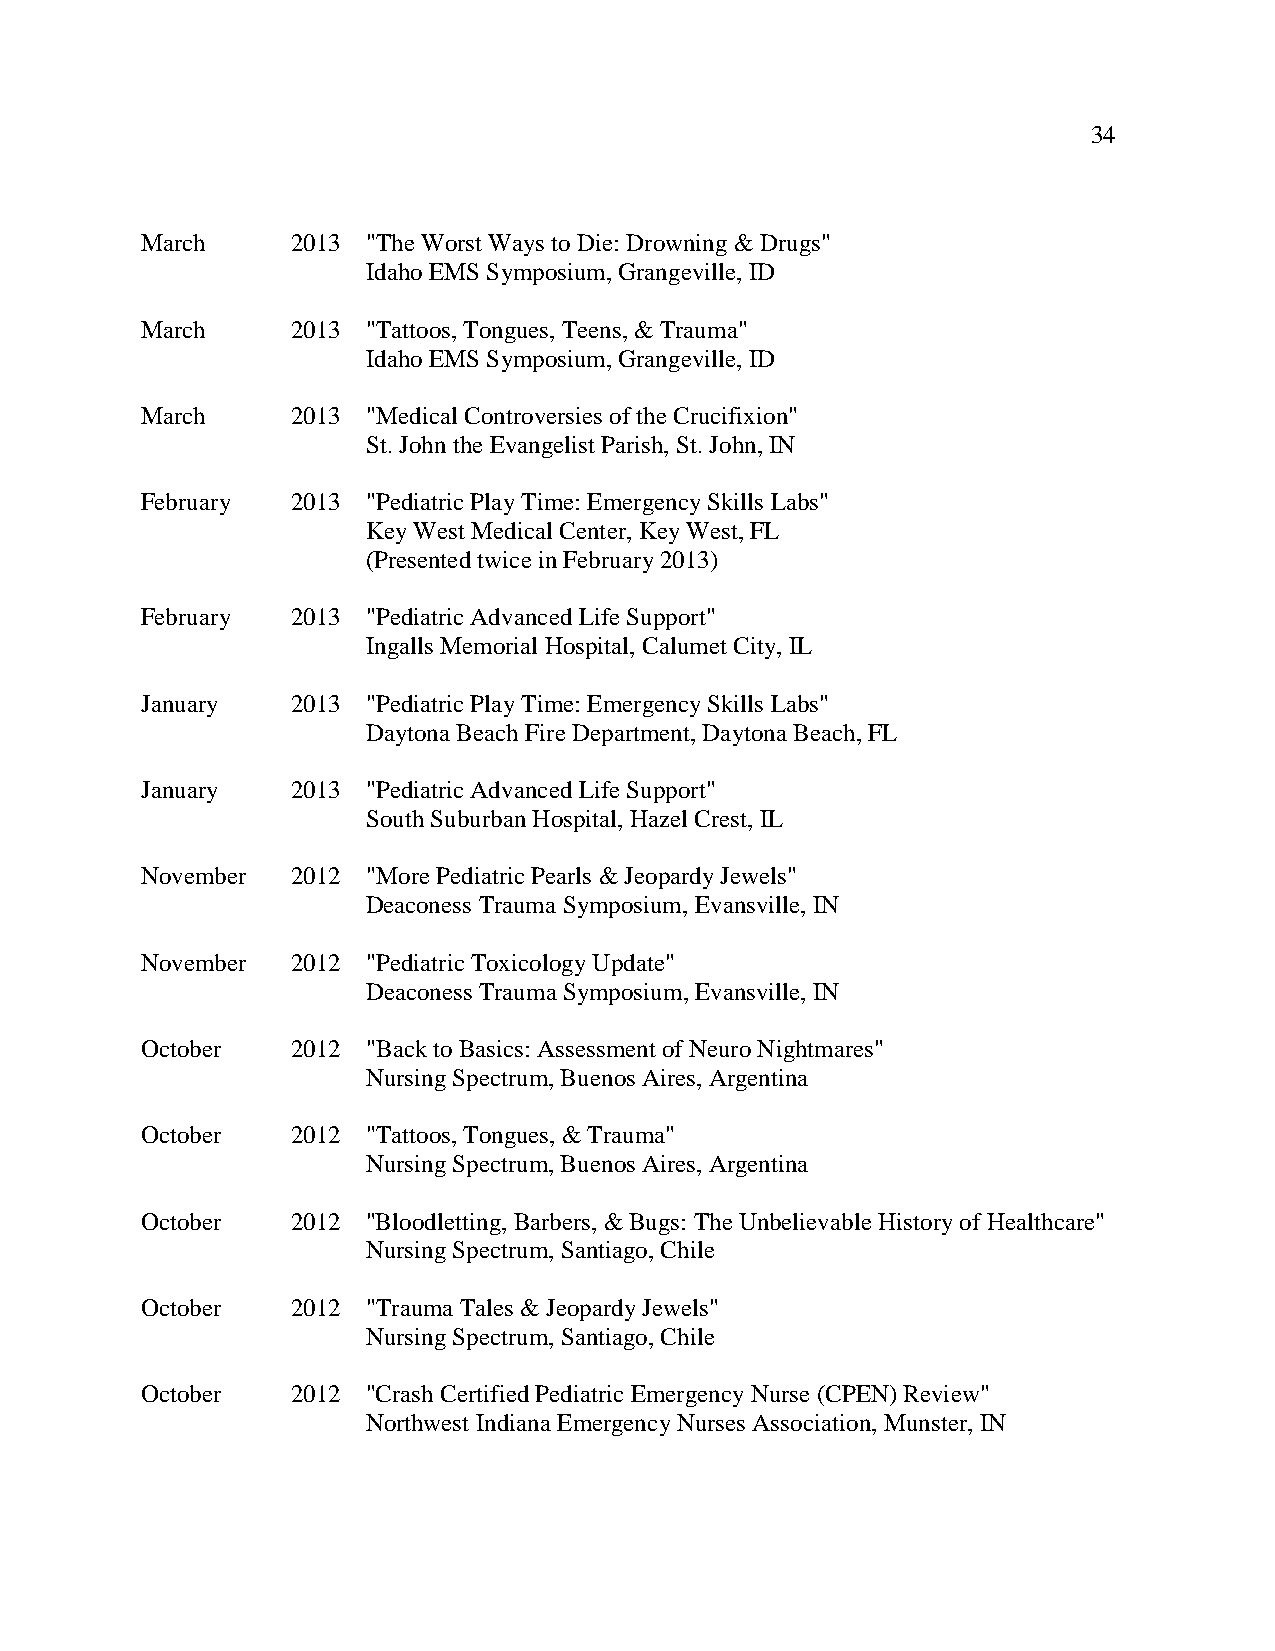
34
 March     2013 "The Worst Ways to Die: Drowning & Drugs"
 Idaho EMS Symposium, Grangeville, ID
 March     2013 "Tattoos, Tongues, Teens, & Trauma"
 Idaho EMS Symposium, Grangeville, ID
 March     2013 "Medical Controversies of the Crucifixion"
 St. John the Evangelist Parish, St. John, IN
 February  2013 "Pediatric Play Time: Emergency Skills Labs"
 Key West Medical Center, Key West, FL
 (Presented twice in February 2013)
 February  2013 "Pediatric Advanced Life Support"
 Ingalls Memorial Hospital, Calumet City, IL
 January   2013 "Pediatric Play Time: Emergency Skills Labs"
 Daytona Beach Fire Department, Daytona Beach, FL
 January   2013 "Pediatric Advanced Life Support"
 South Suburban Hospital, Hazel Crest, IL
 November  2012 "More Pediatric Pearls & Jeopardy Jewels"
 Deaconess Trauma Symposium, Evansville, IN
 November  2012 "Pediatric Toxicology Update"
 Deaconess Trauma Symposium, Evansville, IN
 October   2012 "Back to Basics: Assessment of Neuro Nightmares"
 Nursing Spectrum, Buenos Aires, Argentina
 October   2012 "Tattoos, Tongues, & Trauma"
 Nursing Spectrum, Buenos Aires, Argentina
 October   2012 "Bloodletting, Barbers, & Bugs: The Unbelievable History of Healthcare"
 Nursing Spectrum, Santiago, Chile
 October   2012 "Trauma Tales & Jeopardy Jewels"
 Nursing Spectrum, Santiago, Chile
 October   2012 "Crash Certified Pediatric Emergency Nurse (CPEN) Review"
 Northwest Indiana Emergency Nurses Association, Munster, IN